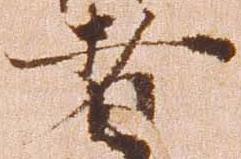
者